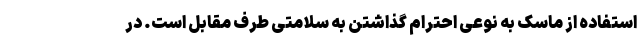
استفاده از ماسک به نوعی احترام گذاشتن به سلامتی طرف مقابل است. در